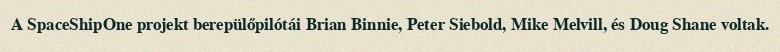
A SpaceShipOne projekt berepülőpilótái Brian Binnie, Peter Siebold, Mike Melvill, és Doug Shane voltak.